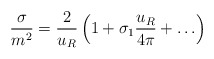
\begin{align*}\frac{\sigma}{m^2} = \frac{2}{u_R} \left( 1 + \sigma_1 \frac{u_R}{4\pi}+ \ldots \right)\end{align*}